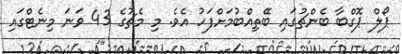
ޕޯލް ޕޮގްބާ ބެންޗުގައި ބޭތިއްބުމަށްފަހު އެވެ. މި މެޗުގެ 43 ވަނަ މިނެޓްގައި